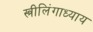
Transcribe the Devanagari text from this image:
स्त्रीलिंगाध्याय